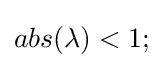
abs(\lambda )<1;